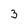
Character: 3